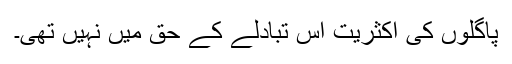
پاگلوں کی اکثریت اس تبادلے کے حق میں نہیں تھی۔